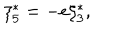
\xi _ { 5 } ^ { \ast } = - e \xi _ { 3 } ^ { \ast } ,